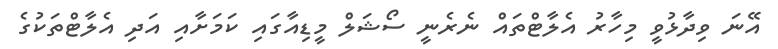
އޭނަ ވިދާޅުވީ މިހާރު އެލާޓްތައް ނެރެނީ ސޯޝަލް މީޑިއާގައި ކަމަށާއި އަދި އެލާޓްތަކުގެ